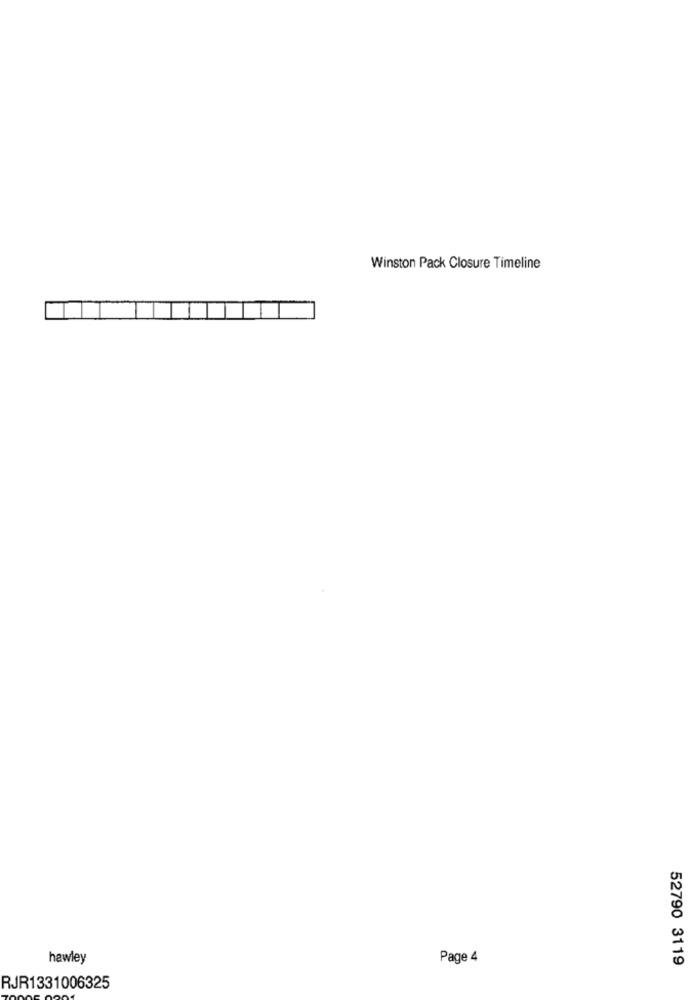
Winston Pack Closure Timeline
hawley
Page 4
52790 3119
RJR1331006325